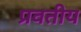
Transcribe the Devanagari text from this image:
प्रवतीय